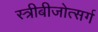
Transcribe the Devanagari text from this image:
स्त्रीबीजोत्सर्ग